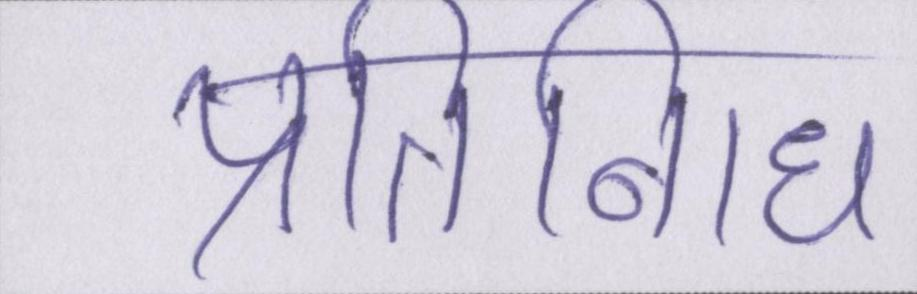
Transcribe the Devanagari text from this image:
प्रतिनिधि